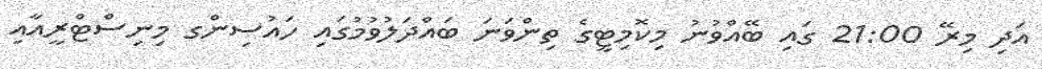
އަދި މިރޭ 21:00 ގައި ބޭއްވުނު މިކޮމިޓީގެ ތިންވަނަ ބައްދަލުވުމުގައި ހައުސިންގ މިނިސްޓްރީއާއި